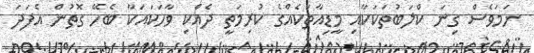
ނަމަވެސް ގިނަ ކްލަބުތަކަކާއި މީޑިއާތަކެއްގެ ކުރިމަތީ ދެއްކި ވާހަކައަކާ ބެހޭ ގޮތުން އެފަދަ